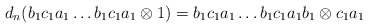
\begin{align*}d_n(b_1c_1a_1 \dots b_1c_1a_1 \otimes 1) = b_1c_1a_1 \dots b_1c_1a_1b_1 \otimes c_1a_1\end{align*}